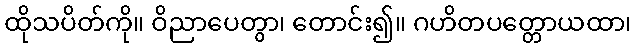
ထိုသပိတ်ကို။ ဝိညာပေတွာ၊ တောင်း၍။ ဂဟိတပတ္တောယထာ၊